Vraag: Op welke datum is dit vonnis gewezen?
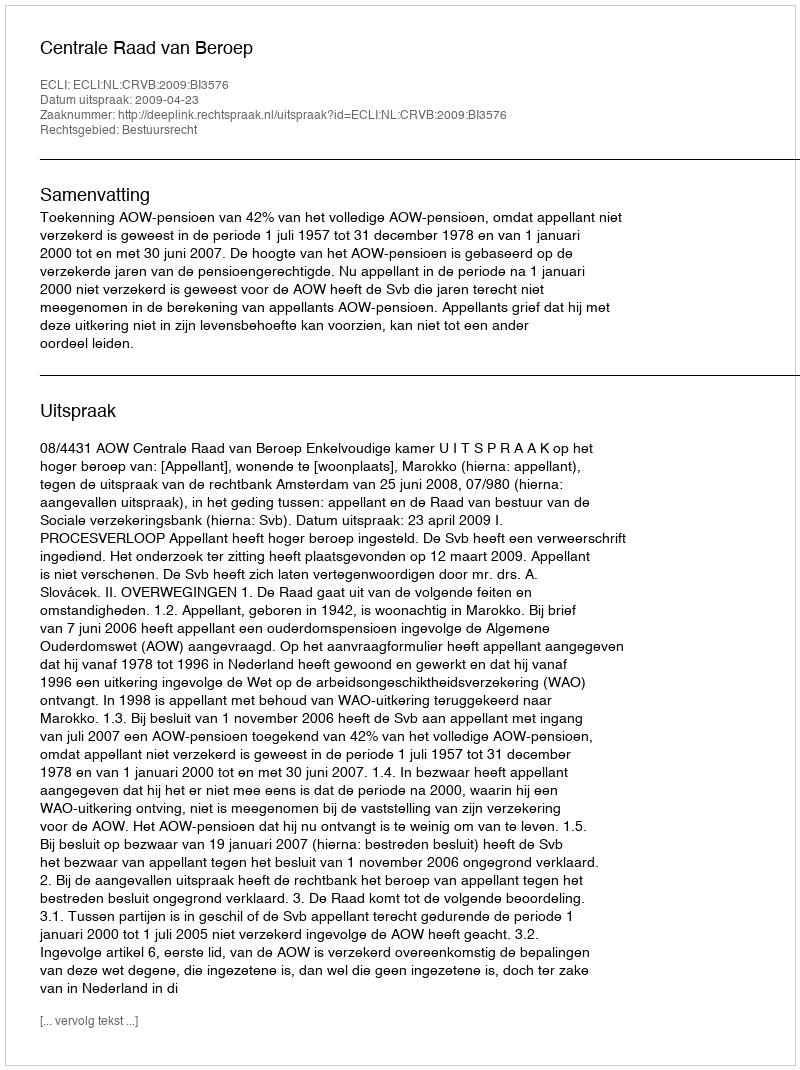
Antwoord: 2009-04-23